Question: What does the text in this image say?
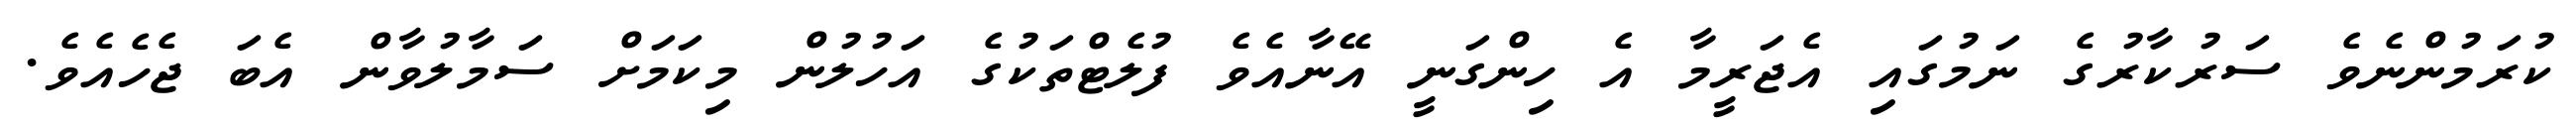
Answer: ކުރަމުންނެވެ ސަރުކާރުގެ ނަމުގައި އެޖަރީމާ އެ ހިންގަނީ އޭނާއެވެ ފުލެޓްތަކުގެ އަހުލުން މިކަމަށް ސަމާލުވާން އެބަ ޖެހެއެވެ.